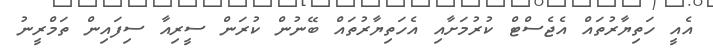
އެއީ ހަތިޔާރުތައް އެޖެސްޓް ކުރުމަށާއި އެހަތިޔާރުތައް ބޭނުން ކުރަން ސީރިއާ ސިފައިން ތަމްރީނު